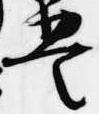
豊